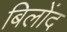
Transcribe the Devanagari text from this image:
बिलोंद